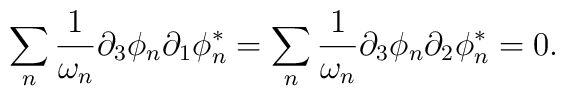
\sum_{n}\frac{1}{\omega _{n}}\partial _{3}\phi _{n}\partial _{1}\phi_{n}^{*}=\sum_{n}\frac{1}{\omega _{n}}\partial _{3}\phi _{n}\partial_{2}\phi _{n}^{*}=0.